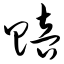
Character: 赔